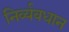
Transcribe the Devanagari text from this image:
निर्व्यवधान